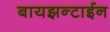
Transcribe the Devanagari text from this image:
बायझन्टाईन